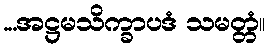
...အဋ္ဌမသိက္ခာပဒံ သမတ္တံ။